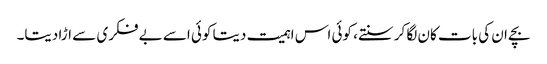
بچے ان کی بات کان لگا کر سنتے، کوئی اس اہمیت دیتا کوئی اسے بے فکری سے اڑا دیتا۔